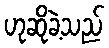
ဟုဆိုခဲ့သည်